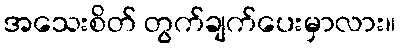
အသေးစိတ် တွက်ချက်ပေးမှာလား။